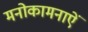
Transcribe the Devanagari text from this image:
मनोकामनाऐं